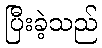
ပြီးခဲ့သည်